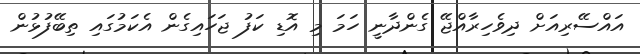
އައްސޭރިއަށް ދިވެހިރާއްޖޭ ގެންދާނީ ހަމަ މި އޮޑި ކަފު ޖަހައިގެން އެކަމުގައި ތިބޭފުޅުން